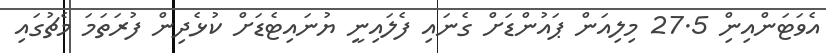
އެވަޓަންއިންި 27.5 މިލިއަން ޕައުންޑަށް ގެނައި ފެލައިނީ ޔުނައިޓެޑަށް ކުޅެދިން ފުރަތަމަ މެޗުގައި